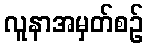
လူနာအမှတ်စဉ်